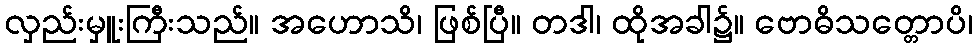
လှည်းမှူးကြီးသည်။ အဟောသိ၊ ဖြစ်ပြီ။ တဒါ၊ ထိုအခါ၌။ ဗောဓိသတ္တောပိ၊